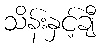
သိန်းနှင့်ချီ